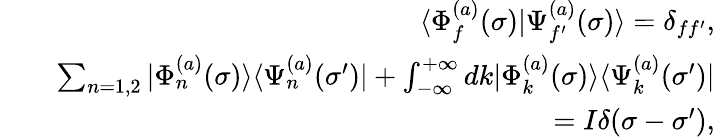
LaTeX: \begin{array}{rlr}&{}&{\langle\Phi_{f}^{(a)}(\sigma)|\Psi_{f^{\prime}}^{(a)}(\sigma)\rangle=\delta_{ff^{\prime}},}\\ &{}&{\sum_{n=1,2}|\Phi_{n}^{(a)}(\sigma)\rangle\langle\Psi_{n}^{(a)}(\sigma^{\prime})|+\int_{-\infty}^{+\infty}dk|\Phi_{k}^{(a)}(\sigma)\rangle\langle\Psi_{k}^{(a)}(\sigma^{\prime})|}\\ &{}&{=I\delta(\sigma-\sigma^{\prime}),}\end{array}